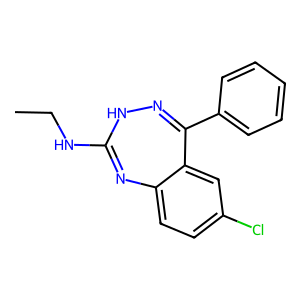
SMILES: CCNC1=Nc2ccc(Cl)cc2C(c2ccccc2)=NN1
Inhibits HIV replication: No